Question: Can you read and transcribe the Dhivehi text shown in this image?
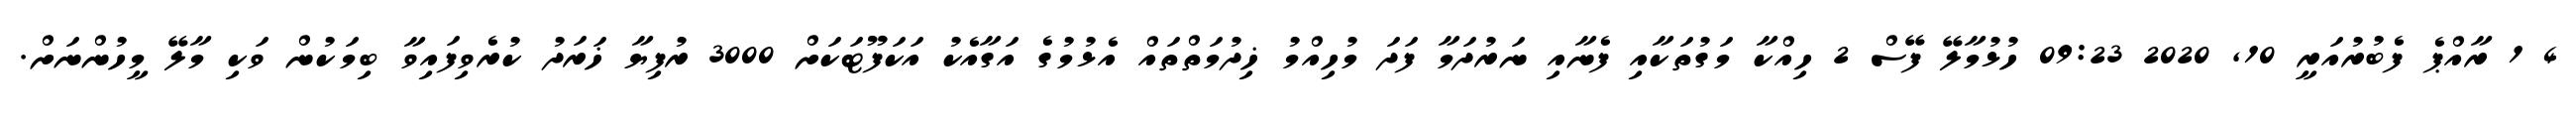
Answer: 4 1 ރާއްޕެ ފެބުރުއަރީ 10, 2020 09:23 ހުޅުމާލޭ ފޭސް 2 ހިއްކާ މަގުތަކާއި ފެނާއި ނަރުދަމާ ފަދަ މުހިއްމު ޚިދުމަތްތައް އެޅުމުގެ އަގާއެކު އަކަފޫޓަކަށް 3000 ރުފިޔާ ޚަރަދު ކުރެވިފައިވާ ބިމަކުން ވަކި މާލޭ މީހުންނަށް.